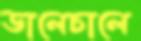
ডালেচালে